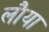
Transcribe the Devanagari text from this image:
लौया